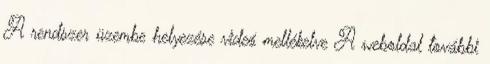
A rendszer üzembe helyezése videó mellékelve A weboldal további